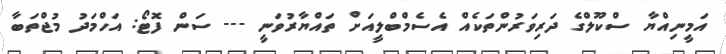
އަމީނިއްޔާ ސްކޫލްގެ ދަރިވަރުންތަކެއް އެސެމްބްލީއަށް ތައްޔާރުވަނީ --- ސަން ފޮޓޯ: އަހްމަދު މުޖްތަބާ